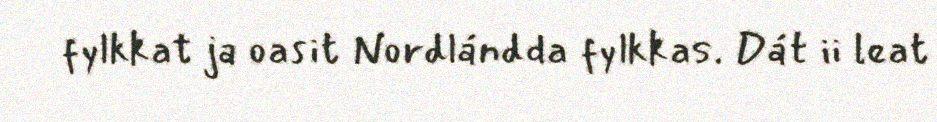
fylkkat ja oasit Nordlándda fylkkas. Dát ii leat